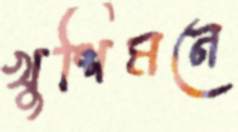
খুশিমনে